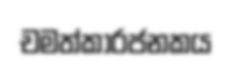
චමත්කාරජනකය